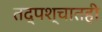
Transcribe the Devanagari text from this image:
तद्पश्चातही